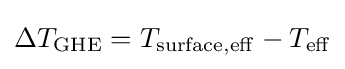
\Delta T_{\mathrm {GHE} }=T_{\mathrm {surface,eff} }-T_{\mathrm {eff} }